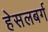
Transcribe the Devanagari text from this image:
हेसलबर्ग